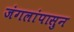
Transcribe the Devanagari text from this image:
जंगलांपासुन